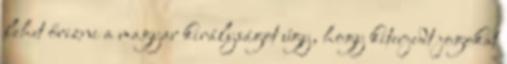
lehet őrizni a magyar királyságot úgy, hogy kiterjedt jogokat